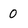
Character: 0